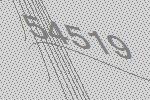
54519